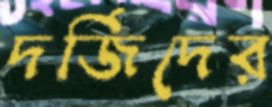
দর্জিদের